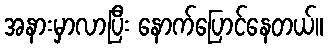
အနားမှာလာပြီး နောက်ပြောင်နေတယ်။